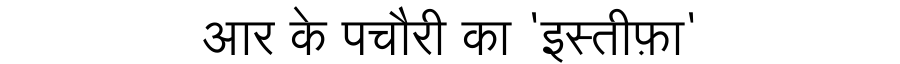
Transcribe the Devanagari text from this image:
आर के पचौरी का 'इस्तीफ़ा'